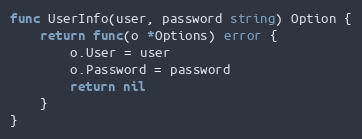
Language: Go
func UserInfo(user, password string) Option {
	return func(o *Options) error {
		o.User = user
		o.Password = password
		return nil
	}
}